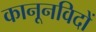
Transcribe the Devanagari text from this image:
कानूनविदों